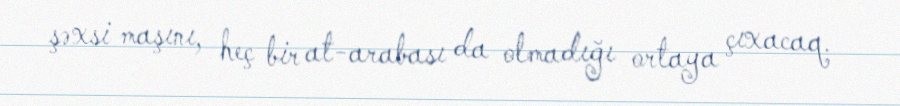
şəxsi maşını, heç bir at-arabası da olmadığı ortaya çıxacaq.